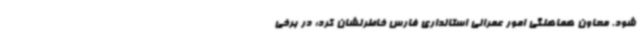
شود. معاون هماهنگی امور عمرانی استانداری فارس خاطرنشان کرد: در برخی